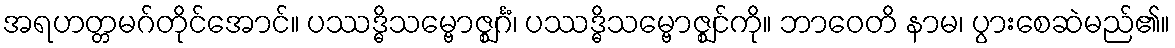
အရဟတ္တမဂ်တိုင်အောင်။ ပဿဒ္ဓိသမ္ဗောဇ္ဈင်္ဂံ၊ ပဿဒ္ဓိသမ္ဗောဇ္ဈင်ကို။ ဘာဝေတိ နာမ၊ ပွားစေဆဲမည်၏။